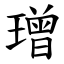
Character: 璔